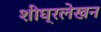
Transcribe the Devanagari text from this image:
शीघ्रलेखन